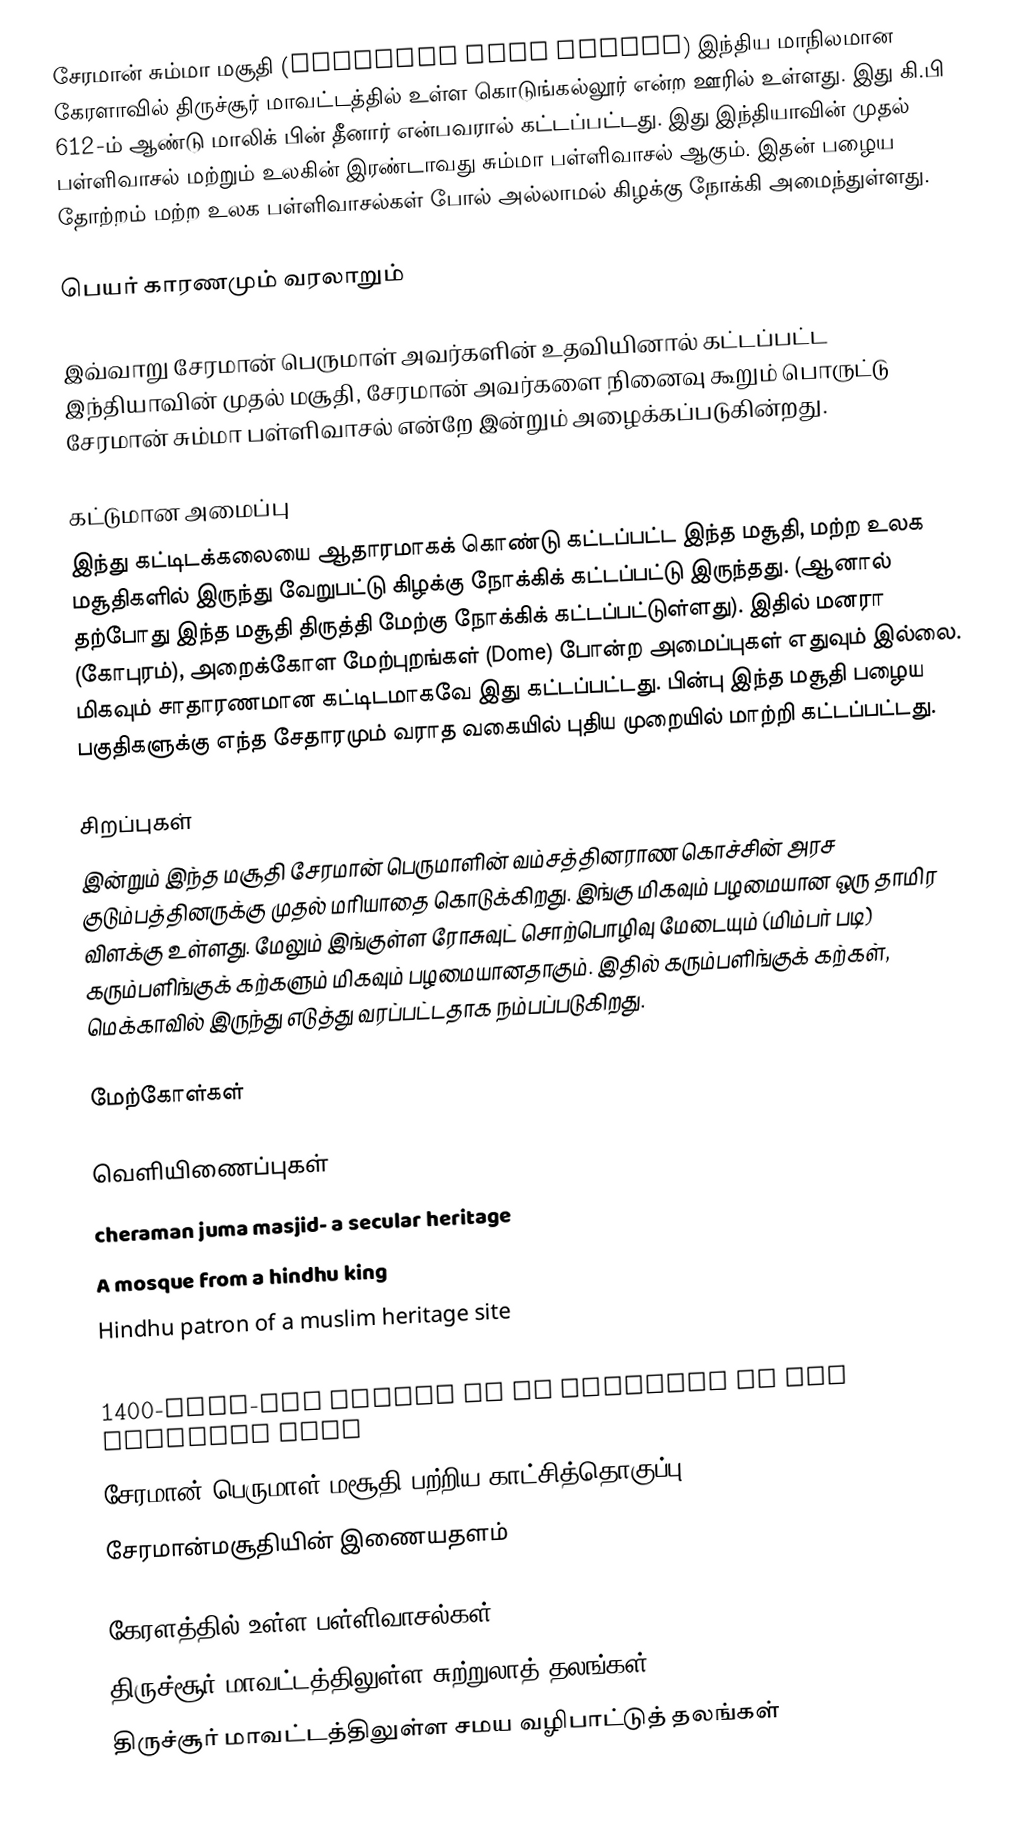
சேரமான் சும்மா மசூதி (Cheraman Juma Masjid) இந்திய மாநிலமான கேரளாவில் திருச்சூர்  மாவட்டத்தில் உள்ள கொடுங்கல்லூர் என்ற ஊரில் உள்ளது. இது கி.பி 612-ம் ஆண்டு மாலிக் பின் தீனார் என்பவரால் கட்டப்பட்டது. இது இந்தியாவின் முதல் பள்ளிவாசல் மற்றும் உலகின் இரண்டாவது சும்மா பள்ளிவாசல் ஆகும். இதன் பழைய தோற்றம் மற்ற உலக பள்ளிவாசல்கள் போல் அல்லாமல் கிழக்கு நோக்கி அமைந்துள்ளது.

பெயர் காரணமும் வரலாறும்

இவ்வாறு சேரமான் பெருமாள் அவர்களின் உதவியினால் கட்டப்பட்ட இந்தியாவின் முதல் மசூதி, சேரமான் அவர்களை நினைவு கூறும் பொருட்டு சேரமான் சும்மா பள்ளிவாசல் என்றே இன்றும் அழைக்கப்படுகின்றது.

கட்டுமான அமைப்பு
இந்து கட்டிடக்கலையை ஆதாரமாகக் கொண்டு கட்டப்பட்ட இந்த மசூதி, மற்ற உலக மசூதிகளில் இருந்து வேறுபட்டு கிழக்கு நோக்கிக் கட்டப்பட்டு இருந்தது. (ஆனால் தற்போது இந்த மசூதி திருத்தி மேற்கு நோக்கிக் கட்டப்பட்டுள்ளது). இதில் மனரா (கோபுரம்), அறைக்கோள மேற்புறங்கள் (Dome) போன்ற அமைப்புகள் எதுவும் இல்லை. மிகவும் சாதாரணமான கட்டிடமாகவே இது கட்டப்பட்டது. பின்பு இந்த மசூதி பழைய பகுதிகளுக்கு எந்த சேதாரமும் வராத வகையில் புதிய முறையில் மாற்றி கட்டப்பட்டது.

சிறப்புகள்
இன்றும் இந்த மசூதி சேரமான் பெருமாளின் வம்சத்தினராண கொச்சின் அரச குடும்பத்தினருக்கு முதல் மரியாதை கொடுக்கிறது. இங்கு மிகவும் பழமையான ஒரு தாமிர விளக்கு உள்ளது. மேலும் இங்குள்ள ரோசுவுட் சொற்பொழிவு மேடையும் (மிம்பர் படி) கரும்பளிங்குக் கற்களும் மிகவும் பழமையானதாகும். இதில் கரும்பளிங்குக் கற்கள், மெக்காவில் இருந்து எடுத்து வரப்பட்டதாக நம்பப்படுகிறது.

மேற்கோள்கள்

வெளியிணைப்புகள்
 cheraman juma masjid- a secular heritage
 A mosque from a hindhu king
 Hindhu patron of a muslim heritage site
 kalam to visit oldest mosque in sub-continant
 1400-year-old mosque to be restored to its original form
 சேரமான் பெருமாள் மசூதி பற்றிய காட்சித்தொகுப்பு
 சேரமான்மசூதியின் இணையதளம்

கேரளத்தில் உள்ள பள்ளிவாசல்கள்
திருச்சூர் மாவட்டத்திலுள்ள சுற்றுலாத் தலங்கள்
திருச்சூர் மாவட்டத்திலுள்ள சமய வழிபாட்டுத் தலங்கள்